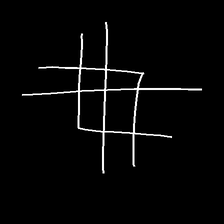
Glyph: crystal